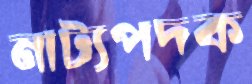
নাট্যপদক